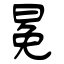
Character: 冕